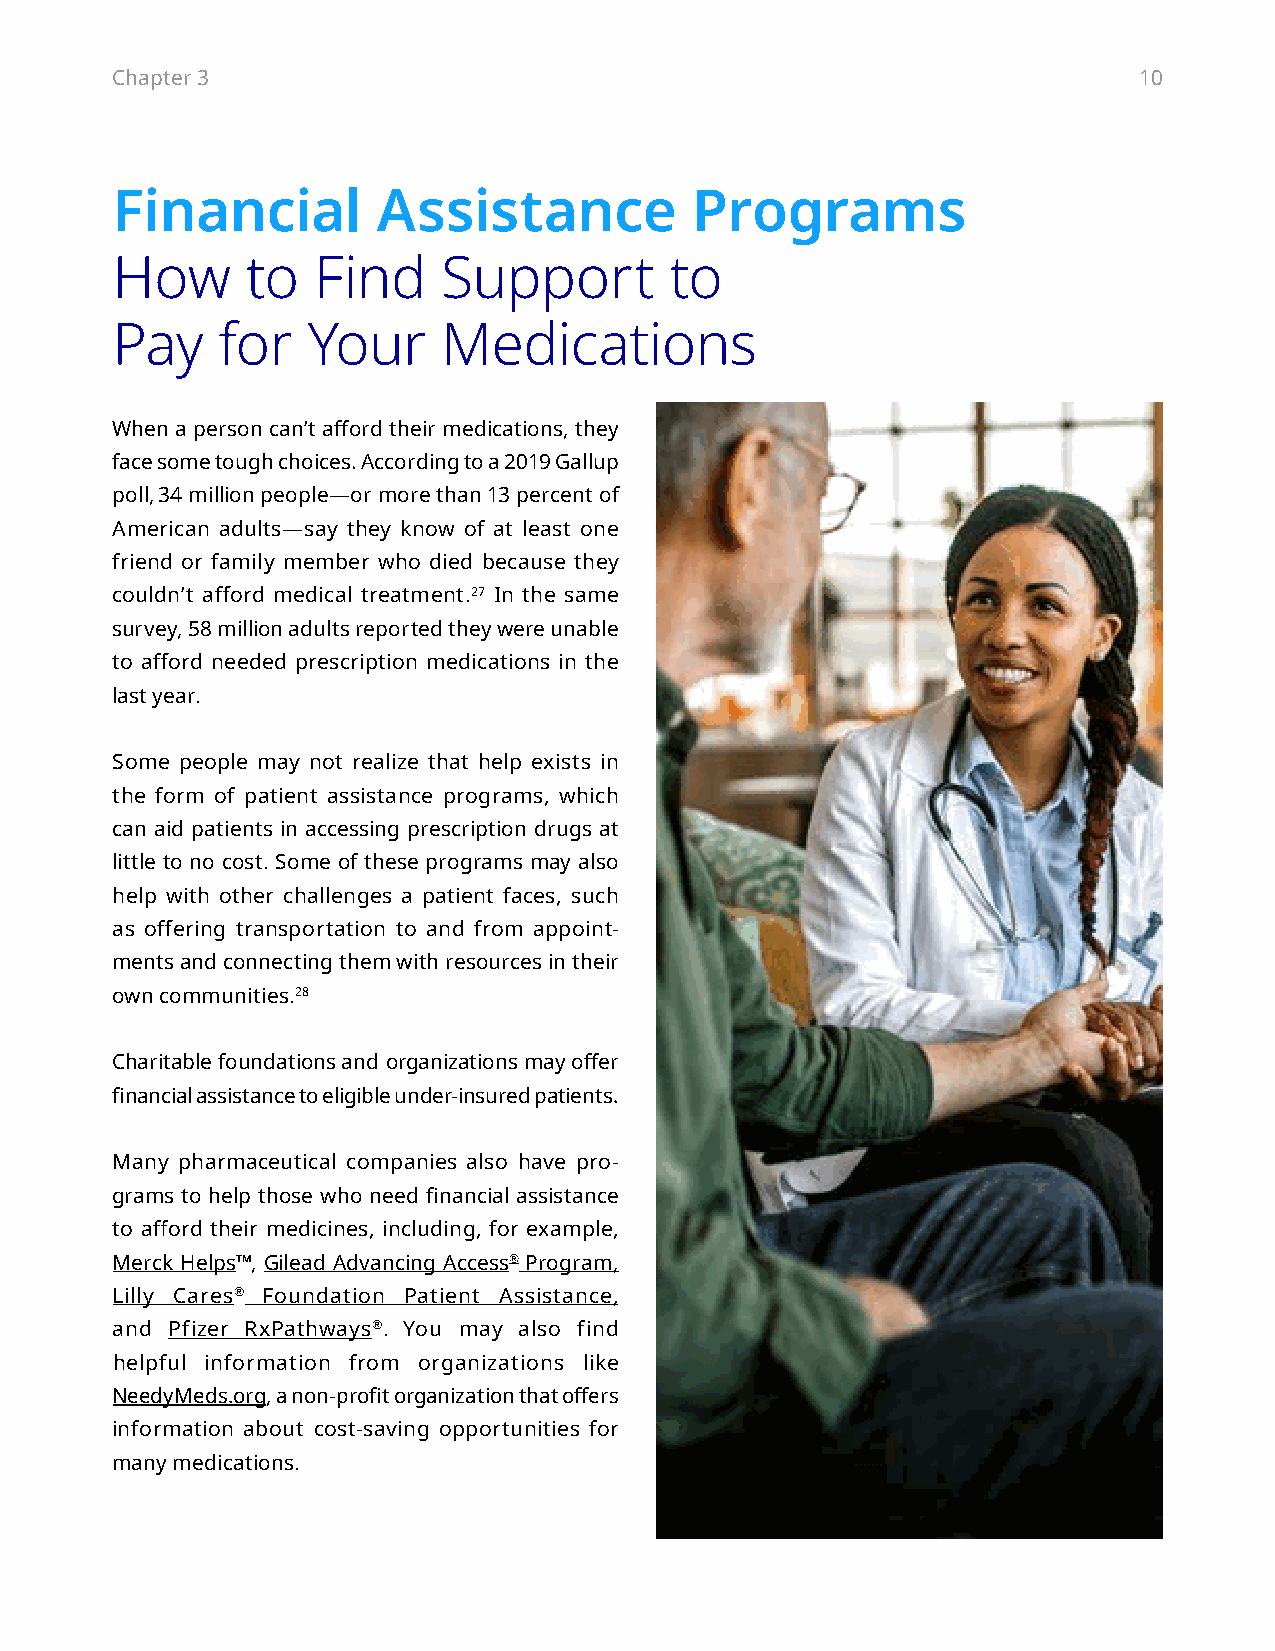
Chapter 3                                                           10
 Financial         Assistance           Programs
 How      to   Find    Support        to
 Pay    for   Your     Medications
 When a person can’t afford their medications, they
 face some tough choices. According to a 2019 Gallup
 poll, 34 million people—or more than 13 percent of
 American adults—say they know of at least one
 friend or family member who died because they
 couldn’t afford medical treatment.27 In the same
 survey, 58 million adults reported they were unable
 to afford needed prescription medications in the
 last year.
 Some people may not realize that help exists in
 the form of patient assistance programs, which
 can aid patients in accessing prescription drugs at
 little to no cost. Some of these programs may also
 help with other challenges a patient faces, such
 as offering transportation to and from appoint-
 ments and connecting them with resources in their
 own communities.28
 Charitable foundations and organizations may offer
 financial assistance to eligible under-insured patients.
 Many pharmaceutical companies also have pro-
 grams to help those who need financial assistance
 to afford their medicines, including, for example,
 Merck Helps™, Gilead Advancing Access® Program,
 Lilly Cares® Foundation Patient Assistance,
 and Pfizer RxPathways®. You may also find
 helpful information from organizations like
 NeedyMeds.org, a non-profit organization that offers
 information about cost-saving opportunities for
 many medications.